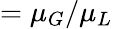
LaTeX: =\mu_{G}/\mu_{L}